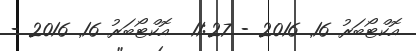
އޮކްޓޯބަރު 16